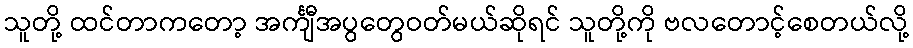
သူတို့ ထင်တာကတော့ အင်္ကျီအပွတွေဝတ်မယ်ဆိုရင် သူတို့ကို ဗလတောင့်စေတယ်လို့